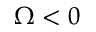
\Omega < 0